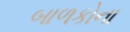
બાળકોના